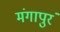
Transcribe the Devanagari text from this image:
मंगापुरं